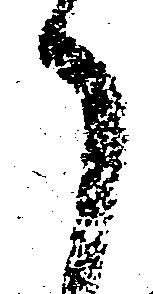
之